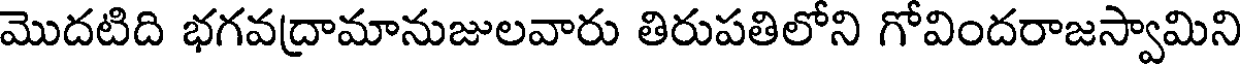
మొదటిది భగవద్రామానుజులవారు తిరుపతిలోని గోవిందరాజస్వామిని